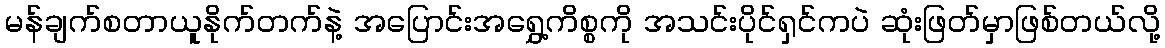
မန်ချက်စတာယူနိုက်တက်နဲ့ အပြောင်းအရွှေ့ကိစ္စကို အသင်းပိုင်ရှင်ကပဲ ဆုံးဖြတ်မှာဖြစ်တယ်လို့